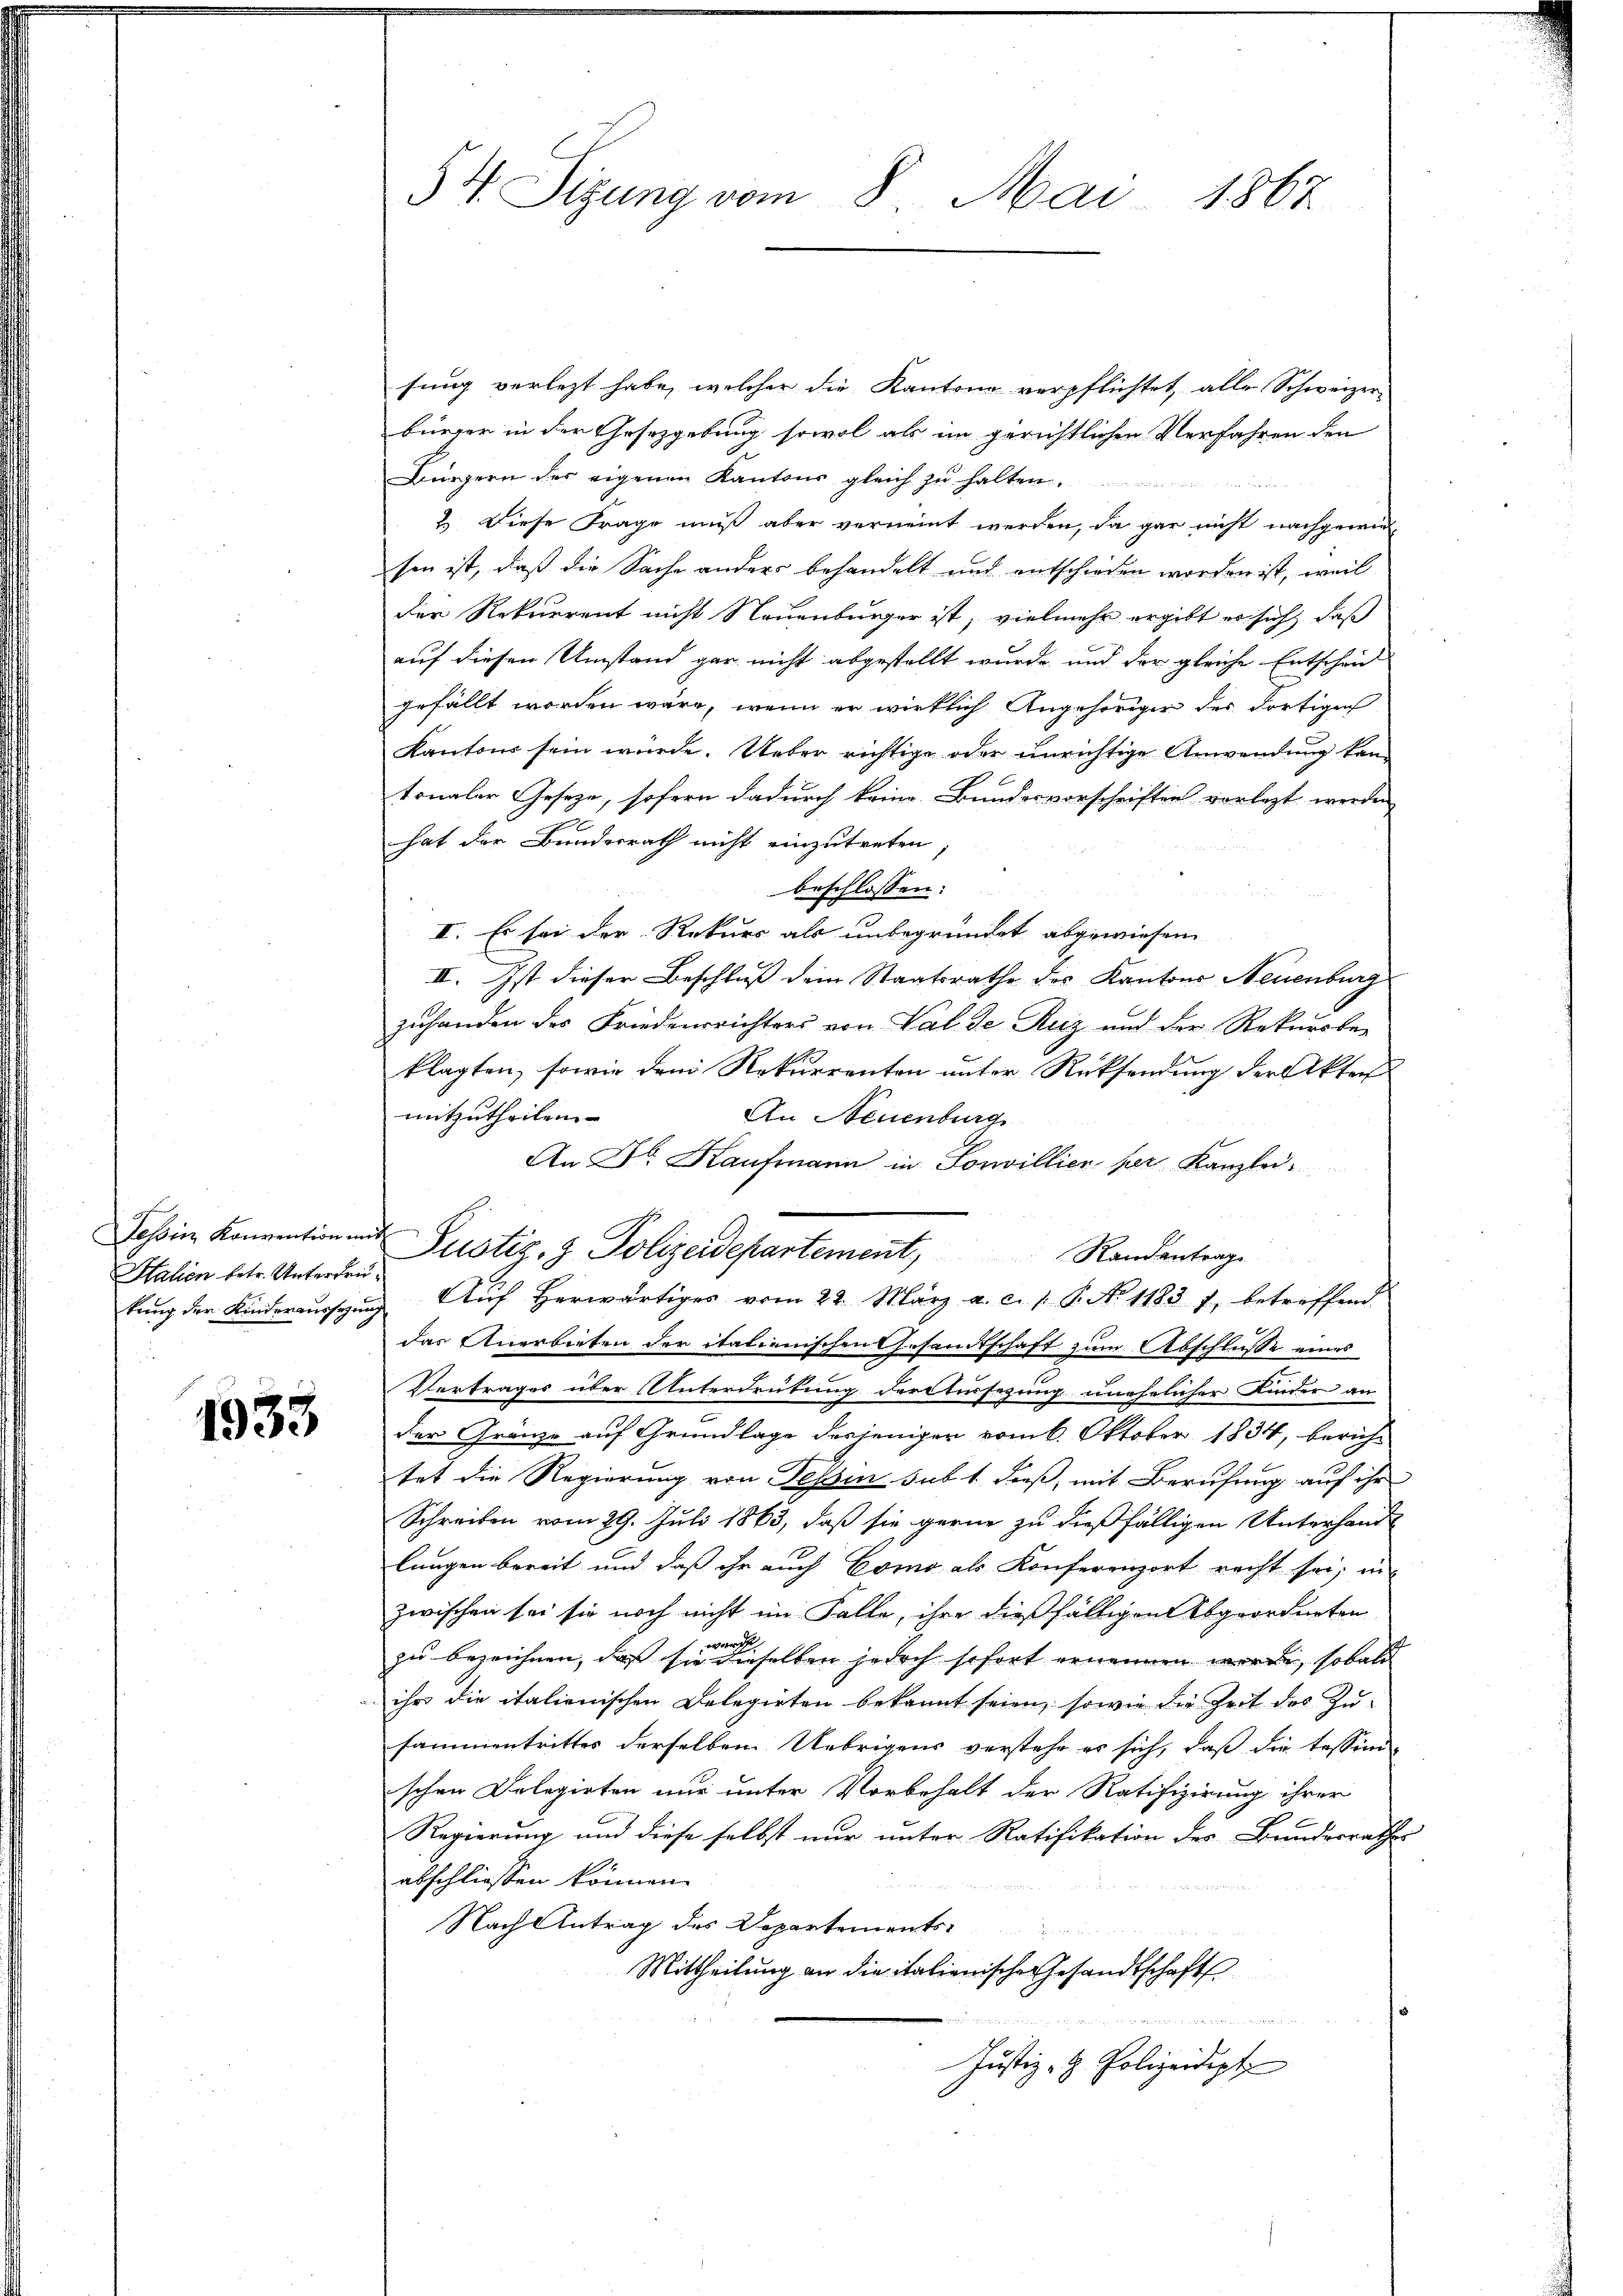
Halien betr. Unterdru¬

1933

sung verletzt habe, welcher die Kantone verpflichtet, alle Schweizerbürger in der Gesetzgebung sowol als im gerichtlichen Verfahren den
Bürgern des eigenen Kantons gleich zu halten
2.) Diese Frage muß aber verneint werden, da gar nicht nachgewiesen ist, daß die Sache anders behandelt und entschieden worden ist, weil
der Rekurrent nicht Neuenburger ist, vielmehr ergibt er sich, daß
auf diesen Umstand gar nicht abgestellt wurde und der gleiche Entschei
gefällt worden wäre, wenn er wirklich Angehöriger des dortigen
Kantons sein würde. Ueber richtige oder unrichtige Anwendung kantonaler Geseze, sofern dadurch keine Bundesvorschriften vorlegt werden
hat der Bundesrath nicht einzutreten
beschlossen:
II. Es sei der Rekurs als unbegründet abgewiesen
II. Ist dieser Beschluß dem Staatsrathe des Kantons Neuenburg
zuhanden des Friedensrichters von Val de Ruz und der Rekursber
klagten, sowie dem Rekurrenten unter Rücksendung der Akten
mitzutheilen.
An Neuenburg
An Dr. Kaufmann in Sonvillier per Kanzlei.
Tessin Konvention mit Pustiz- & Polizeidepartement Randantrage
kŭng der Kinderaussung Aŭf herwärtiges vom 22. März a. c. 1 P. N. 11831, betreffend
das Anerbieten der italienischen Gesandtschaft zum Abschlusse eines
Vertrages über Unterdrütung derstersezung unehelicher Kinder an
der Gränze auf Grundlage desjeniger vom 6. Oktober 1834, berichtet die Regierung von Tessin sub 1 dieß, mit Berufung auf ihr
Schreiben vom 29. Juli 1863, daß sie gerne zu dießfälligen Unterhandlungen bereit und daß ihr auch Como als Konferenzort recht sei, in
zwischen sei sie noch nicht im Falle, ihre dießfälligen Abgeordneten
war
zu bezeichnen, daß sie dieselben jedoch sofort ernennen worden, sobald
ihr die italienischen Delegirten bekannt seien, sowie die Zeit des Zusammentrittes derselben Uebrigens verstehe es sich, daß die Tessinn-
schen Delegirten nur unter Vorbehalt der Ratifizirung ihrer
Regierung und diese selbst nur unter Ratifikation des Bundesrathes
abschliessen können.
Nach Antrag des Departements-
Mittheilung an die italienische Gesandtschaft
e
Justiz- & Polizeidigt

54. Sizung vom 8. Mai 1867